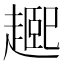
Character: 𬦘